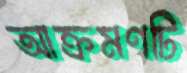
আক্রমণটি